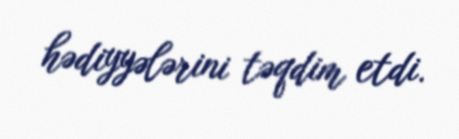
hədiyyələrini təqdim etdi.